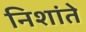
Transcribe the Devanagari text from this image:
निशांते